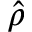
\hat { \rho }